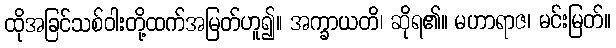
ထိုအခြင်သစ်ဝါးတို့ထက်အမြတ်ဟူ၍။ အက္ခာယတိ၊ ဆိုရ၏။ မဟာရာဇ၊ မင်းမြတ်။